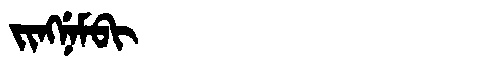
Manchu: ᠵᡳᠩᠨᡝᠮᠪᡳ
Romanization: JINGNEMBI